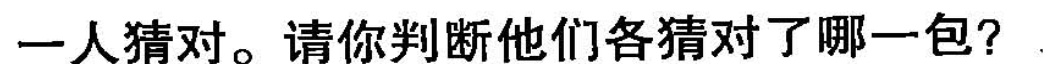
一人猜对。请你判断他们各猜对了哪一包?